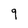
Character: 9